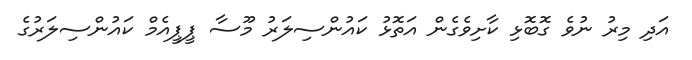
އަދި މިރު ނުވެ ގޮބޮޅި ކާށިވެގެން އަތޮޅު ކައުންސިލަރު މޫސާ ޕީޕީއެމް ކައުންސިލަރުގެ